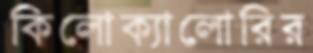
কিলোক্যালোরির